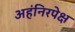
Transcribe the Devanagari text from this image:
अहंनिरपेक्ष